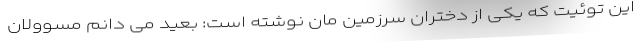
این توئیت که یکی از دختران سرزمین مان نوشته است: بعید می دانم مسوولان